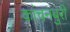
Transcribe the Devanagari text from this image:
कांचनबुरी